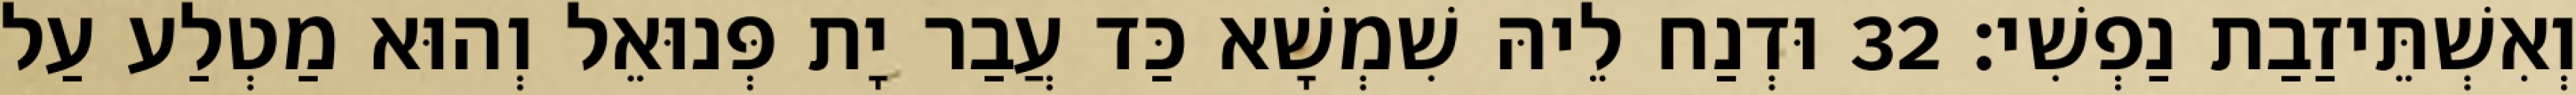
וְאִשְׁתֵּיזַבַת נַפְשִׁי׃ 32 וּדְנַח לֵיהּ שִׁמְשָׁא כַּד עֲבַר יָת פְּנוּאֵל וְהוּא מַטְלַע עַל